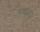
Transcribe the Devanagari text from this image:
रुवांडा